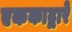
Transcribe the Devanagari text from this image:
एककाद्वारे